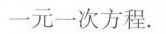
一元一次方程.